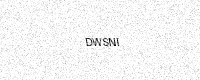
Text: DWSNI